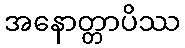
အနောတ္တာပိဿ